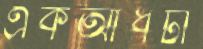
একআধটা